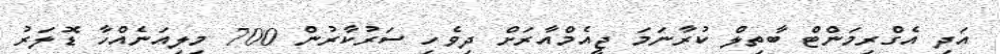
އަދި އެގްރިމަންޓް ބާތިލް ކުރާނަމަ ޖީއެމްއާރަށް ދިވެހި ސަރުކާރުން 700 މިލިއަނެއްހާ ޑޮލަރު